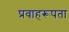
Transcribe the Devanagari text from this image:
प्रवाहरूपता